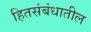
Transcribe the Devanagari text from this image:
हितसंबंधातील